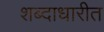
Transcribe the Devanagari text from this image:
शब्दाधारीत